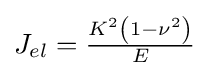
{\textstyle J_{el}={\frac {K^{2}\left(1-\nu ^{2}\right)}{E}}}